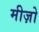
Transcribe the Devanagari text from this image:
मीज़ो